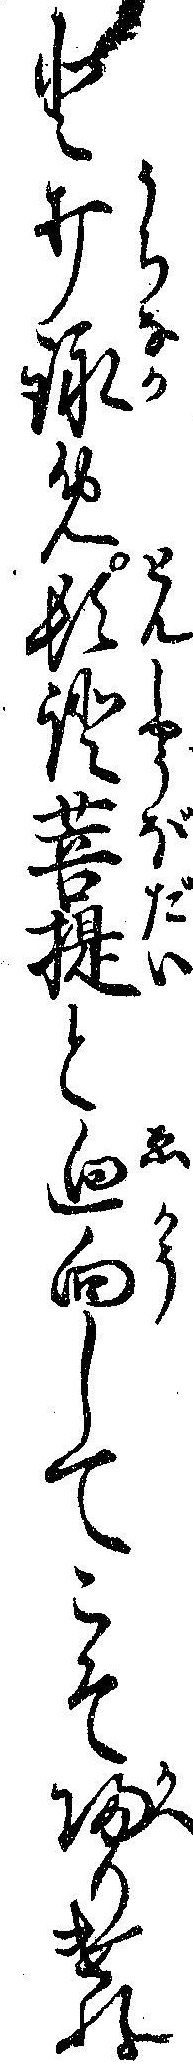
と打詠め頓証菩提と廻向してこそ帰りけれ